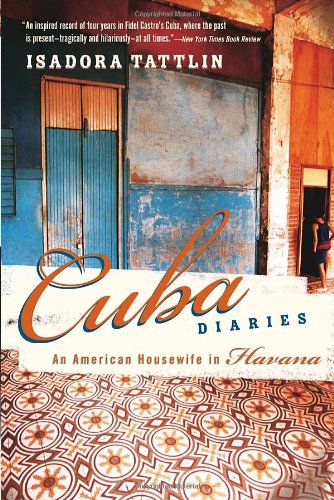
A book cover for Cuba Diaries: An American Housewife in Havana; Isadora Tattlin; Travel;